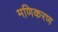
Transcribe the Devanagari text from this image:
मणिकरण